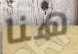
هنا